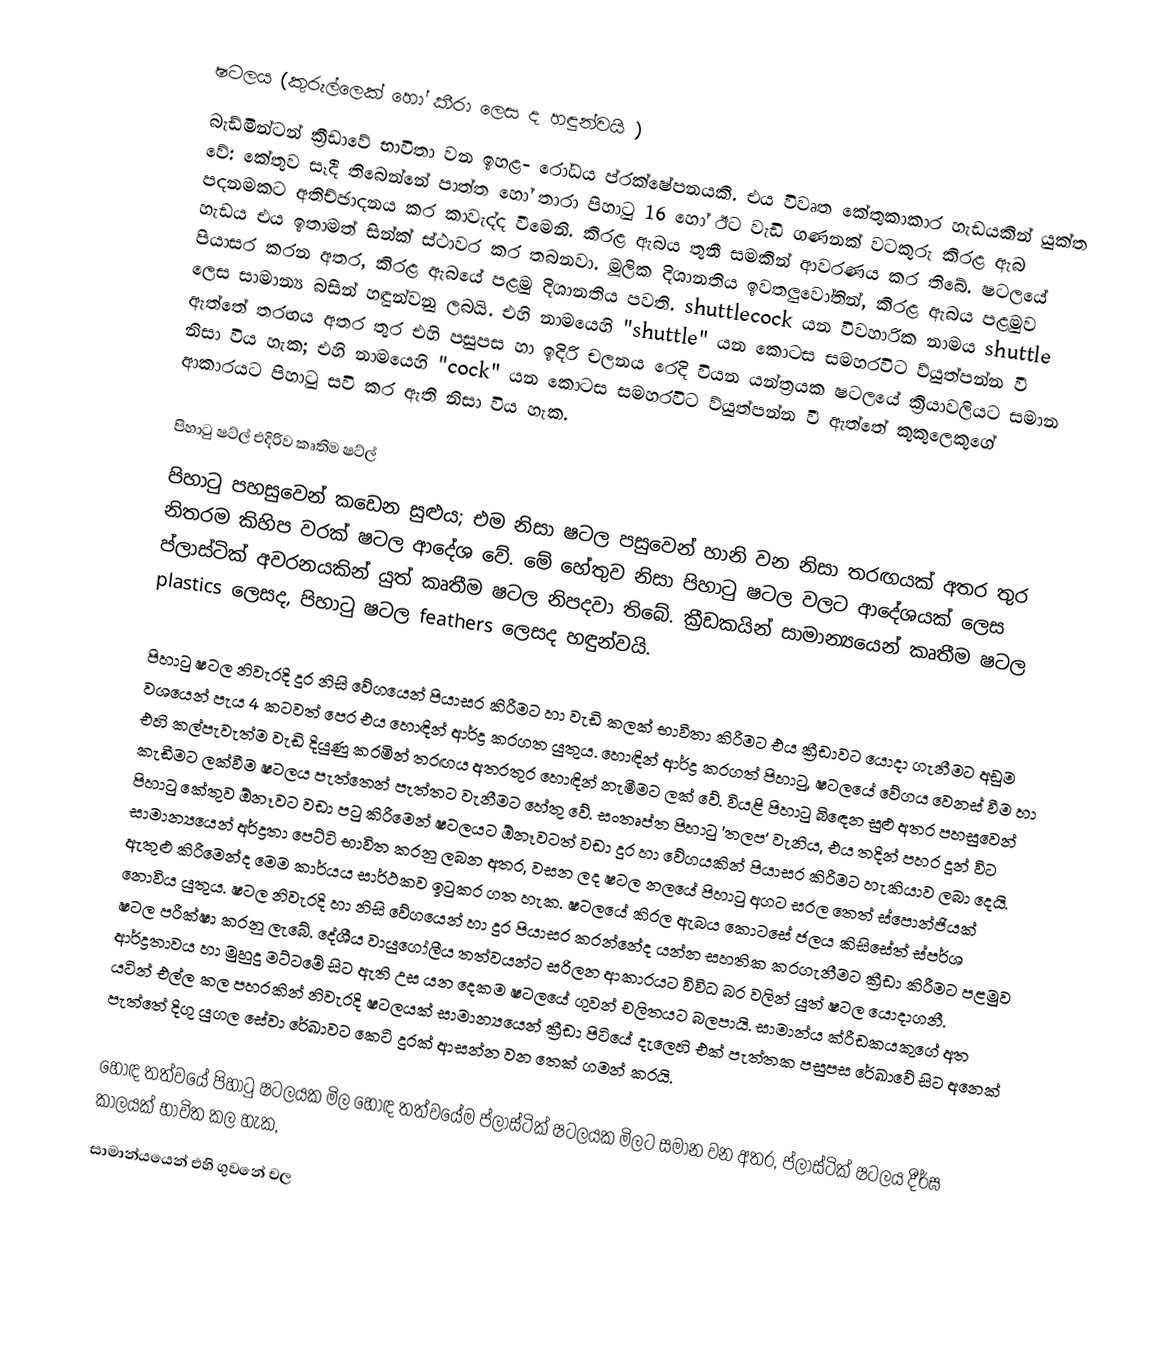
ෂටලය (කුරුල්ලෙක් හෝ කීරා ලෙස ද හඳුන්වයි )
බැඩ්මින්ටන් ක්‍රීඩාවේ භාවිතා වන ඉහළ- රෝධය ප්රක්ෂේපනයකි. එය  විවෘත කේතුකාකාර හැඩයකින් යුක්ත වේ: කේතුව සෑදී තිබෙන්නේ පාත්ත හෝ තාරා පිහාටු  16 හෝ ඊට වැඩි ගණනක් වටකුරු කිරළ ඇබ පදනමකට අතිච්ඡාදනය කර කාවැද්ද වීමෙනි. කිරළ ඇබය තුනී සමකින් ආවරණය කර තිබේ. ෂටලයේ  හැඩය එය ඉතාමත්  සින්ක් ස්ථාවර කර තබනවා. මූලික දිශානතිය ඉවතලුවෝතින්, කිරළ ඇබය පළමුව පියාසර කරන අතර, කිරළ ඇබයේ පළමු දිශානතිය පවති. shuttlecock යන විවහාරික නාමය shuttle ලෙස සාමාන්‍ය බසින් හඳුන්වනු ලබයි. එහි නාමයෙහි "shuttle" යන කොටස සමහරවිට ව්යුත්පන්න වී ඇත්තේ තරඟය අතර තුර එහි පසුපස හා ඉදිරි  චලනය රෙදි වියන යන්ත්‍රයක ෂටලයේ ක්‍රියාවලියට සමාන නිසා විය හැක; එහි නාමයෙහි "cock" යන කොටස සමහරවිට ව්යුත්පන්න වී ඇත්තේ කුකුලෙකුගේ ආකාරයට පිහාටු සවි කර ඇති නිසා විය හැක.

පිහාටු ෂට්ල්  එදිරිව කෘතිම ෂට්ල්
පිහාටු පහසුවෙන් කඩෙන සුළුය; එම නිසා ෂටල පසුවෙන් හානි වන නිසා තරඟයක් අතර තුර නිතරම කිහිප වරක් ෂටල ආදේශ  වේ. මේ හේතුව නිසා පිහාටු ෂටල වලට ආදේශයක් ලෙස ප්ලාස්ටික් අවරනයකින් යුත් කෘතීම ෂටල නිපදවා තිබේ. ක්‍රීඩකයින් සාමාන්‍යයෙන් කෘතීම ෂටල plastics ලෙසද, පිහාටු ෂටල feathers ලෙසද හඳුන්වයි.

පිහාටු ෂටල නිවැරදි දුර නිසි වේගයෙන් පියාසර කිරීමට හා වැඩි කලක් භාවිතා කිරීමට එය ක්‍රීඩාවට යොදා ගැනීමට අඩුම වශයෙන් පැය 4 කටවත් පෙර එය හොඳින් ආර්ද්‍ර කරගත යුතුය.  හොඳින් ආර්ද්‍ර කරගත් පිහාටු, ෂටලයේ වේගය වෙනස් වීම හා එහි කල්පැවැත්ම වැඩි දියුණු කරමින් තරඟය අතරතුර හොඳින් නැමීමට ලක් වේ.  වියළි පිහාටු බිඳෙන සුළු අතර පහසුවෙන් කැඩීමට ලක්වීම ෂටලය පැත්තෙන් පැත්තට වැනීමට හේතු වේ. සංතෘප්ත පිහාටු 'තලප' වැනිය, එය තදින් පහර දුන් විට පිහාටු කේතුව ඕනෑවට වඩා පටු කිරීමෙන් ෂටලයට ඕනෑවටත් වඩා දුර හා වේගයකින් පියාසර කිරීමට හැකියාව ලබා දෙයි.  සාමාන්‍යයෙන් අර්ද්‍රතා පෙට්ටි භාවිත කරනු ලබන අතර, වසන ලද ෂටල නලයේ පිහාටු අගට සරල තෙත් ස්පොන්ජියක් ඇතුළු කිරීමෙන්ද මෙම කාර්යය සාර්ථකව ඉටුකර ගත හැක.  ෂටලයේ කිරල ඇබය කොටසේ ජලය කිසිසේත් ස්පර්ශ නොවිය යුතුය. ෂටල නිවැරදි හා නිසි වේගයෙන් හා දුර පියාසර කරන්නේද යන්න සහතික කරගැනීමට ක්‍රීඩා කිරීමට පළමුව ෂටල පරීක්ෂා කරනු ලැබේ.  දේශීය වායුගෝලීය තත්වයන්ට සරිලන ආකාරයට විවිධ බර වලින් යුත් ෂටල යොදාගනී.  ආර්ද්‍රතාවය හා මුහුදු මට්ටමේ සිට ඇති උස යන දෙකම ෂටලයේ ගුවන් චලිතයට බලපායි.  සාමාන්ය ක්රීඩකයකුගේ අත යටින් එල්ල කල පහරකින් නිවැරදි ෂටලයක් සාමාන්‍යයෙන් ක්‍රීඩා පිටියේ දැලෙහි එක් පැත්තක පසුපස රේඛාවේ සිට අනෙක් පැත්තේ දිගු යුගල සේවා රේඛාවට කෙටි දුරක් ආසන්න වන තෙක් ගමන් කරයි.

හොඳ තත්වයේ පිහාටු ෂටලයක මිල  හොඳ තත්වයේම ප්ලාස්ටික් ෂටලයක මිලට සමාන වන අතර, ප්ලාස්ටික් ෂටලය දීර්ඝ කාලයක් භාවිත කල හැක,
සාමාන්යයෙන් එහි ගුවනේ චල